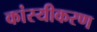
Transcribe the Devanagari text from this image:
कांस्यीकरण